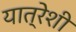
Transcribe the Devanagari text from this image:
यात्रेशी